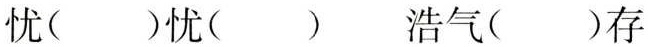
忧( )忧( ) 浩气( )存